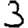
Digit: 3